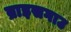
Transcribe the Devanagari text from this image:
ब्राइसगाउ